Lunatic asylums Bombay report 1891-1903 - 1891-1903
Year: 1891
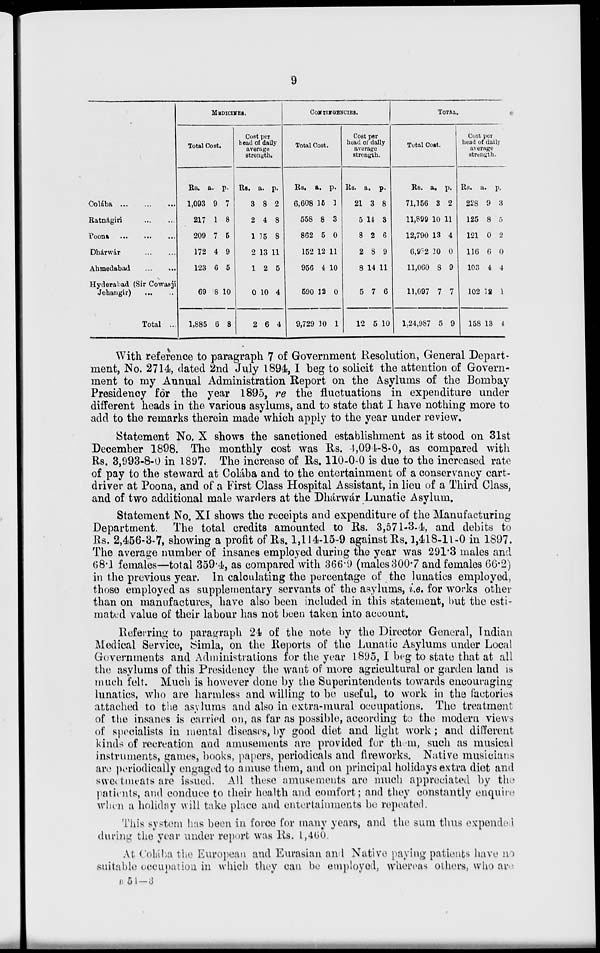
9
Colába
...
...
...
Ratnágiri
...
...
Poona ... ... ...
Dhárwár ... ...
Ahmedabad
...
...
Hyderabad (Sir Cowasji
Jehangir)
...
...
Total ...
MEDICINES.
Total Cost.
Rs.
1,093
217
209
172
123
69
1,885
a.
9
1
7
4
6
8
6
p.
7
8
5
9
5
10
8
Cost per
head of daily
average
strength.
Rs.
3
2
1
2
1
0
2
a.
8
4
15
13
2
10
6
p.
2
8
8
11
5
4
4
CONTINGENCIES.
Total Cost.
Rs.
6,608
558
862
152
956
590
9,729
a.
15
8
5
12
4
12
10
p.
1
3
0
11
10
0
1
Cost per
head of dally
average
strength.
Rs
21
5
8
2
8
5
12
a.
3
14
2
8
14
7
5
p.
8
3
6
9
11
6
10
TOTAL.
Total Cost.
Rs.
71,156
11,899
12,790
6,982
11,060
11,097
1,24,987
a.
3
10
13
10
8
7
5
p.
2
11
4
0
9
7
9
Cost per
head of daily
average
strength.
Rs.
228
125
121
116
103
102
158
a.
9
8
0
6
4
12
13
p.
3
5
2
0
4
1
4
With reference to paragraph 7 of Government Resolution, General Depart-
ment, No. 2714, dated 2nd July 1894, I beg to solicit the attention of Govern-
ment to my Annual Administration Report on the Asylums of the Bombay
Presidency for the year 1895, re the fluctuations in expenditure under
different heads in the various asylums, and to state that I have nothing more to
add to the remarks therein made which apply to the year under review.
Statement No. X shows the sanctioned establishment as it stood on 31st
December 1898. The monthly cost was Rs. 4,094-8-0, as compared with
Rs. 3,993-8-0 in 1897. The increase of Rs. 110-0-0 is due to the increased rate
of pay to the steward at Colába and to the entertainment of a conservancy cart-
driver at Poona, and of a First Class Hospital Assistant, in lieu of a Third Class,
and of two additional male warders at the Dhárwár Lunatic Asylum.
Statement No. XI shows the receipts and expenditure of the Manufacturing
Department. The total credits amounted to Rs. 3,571-3-4, and debits to
Rs. 2,456-3-7, showing a profit of Rs. 1,114-15-9 against Rs. 1,418-11-0 in 1897.
The average number of insanes employed during the year was 293.3 males and
68.1 females—total 359.4, as compared with 366.9 (males 300.7 and females 66.2)
in the previous year. In calculating the percentage of the lunatics employed,
those employed as supplementary servants of the asylums, i.e. for works other
than on manufactures, have also been included in this statement, but the esti-
mated value of their labour has not been taken into account.
Referring to paragraph 24 of the note by the Director General, Indian
Medical Service, Simla, on the Reports of the Lunatic Asylums under Local
Governments and Administrations for the year 1895, I beg to state that at all
the asylums of this Presidency the want of more agricultural or garden land is
much felt. Much is however done by the Superintendents towards encouraging-
lunatics, who are harmless and willing to be useful, to work in the factories
attached to the asylums and also in extra-mural occupations. The treatment
of the insanes is carried on, as far as possible, according to the modern views
of specialists in mental diseases, by good diet and light work; and different
kinds of recreation and amusements are provided for them, such as musical
instruments, games, books, papers, periodicals and fireworks. Native musicians
are periodically engaged to amuse them, and on principal holidays extra diet and
sweetmeats are issued. All these amusements are much appreciated by the
patients, and conduce to their health and comfort; and they constantly enquire
when a holiday will take place and entertainments be repeated.
This system has been in force for many years, and the sum thus expended
during the year under report was Rs. 1,460.
At Colába the European and Eurasian and Native paying patients have no
suitable occupation in which they can be employed, whereas others, who are
B 51—3